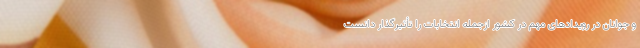
و جوانان در رویدادهای مهم در کشور ازجمله انتخابات را تأثیرگذار دانست